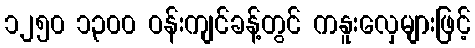
၁၂၅၀ ၁၃၀၀ ဝန်းကျင်ခန့်တွင် ကနူးလှေများဖြင့်